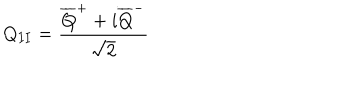
Q _ { I I } = \frac { \overline { { { Q } } } ^ { + } + i \overline { { { Q } } } ^ { - } } { \sqrt { 2 } }